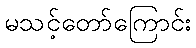
မသင့်တော်ကြောင်း